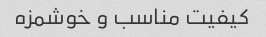
کیفیت مناسب و خوشمزه